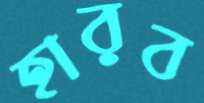
হারব